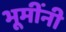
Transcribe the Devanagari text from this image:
भूमींनी